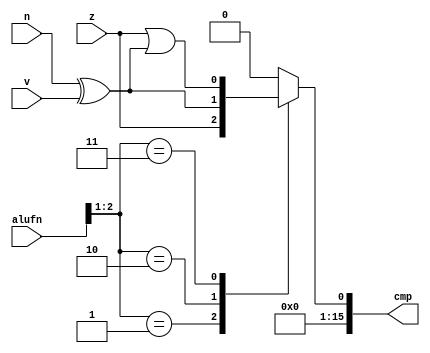
module compare_9 (
    input [5:0] alufn,
    input z,
    input v,
    input n,
    output reg [15:0] cmp
  );
  
  
  
  reg holder;
  
  always @* begin
    
    case (alufn[1+1-:2])
      2'h1: begin
        holder = z;
      end
      2'h2: begin
        holder = n ^ v;
      end
      2'h3: begin
        holder = z | (n ^ v);
      end
      default: begin
        holder = 1'h0;
      end
    endcase
    cmp = holder;
  end
endmodule